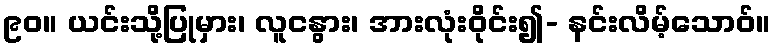
၉၀။ ယင်းသို့ပြုမှား၊ လူငနွား၊ အားလုံးဝိုင်း၍- နင်းလိမ့်သောဝ်။